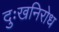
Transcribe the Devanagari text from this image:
दुःखनिरोध